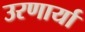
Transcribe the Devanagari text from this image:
उरणार्या